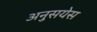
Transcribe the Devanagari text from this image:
अनुसयेस